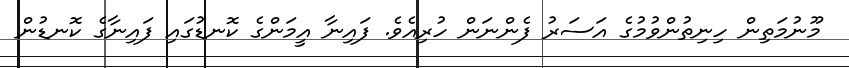
މޫނުމަތިން ހިނިތުންވުމުގެ އަސަރު ފެންނަން ހުރިއެވެ. ފައިނާ އީމަންގެ ކޮނޑުގައި ފައިނާގެ ކޮނޑުން